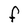
Character: F